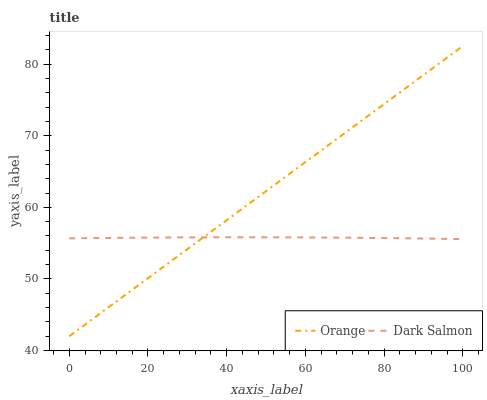
| xaxis_label | Orange | Dark Salmon |
 | --- | --- | --- |
 | 0 | 42 | 55.7 |
 | 10 | 46.1 | 55.7 |
 | 20 | 50.1 | 55.8 |
 | 30 | 54.2 | 55.8 |
 | 40 | 58.2 | 55.8 |
 | 50 | 62.3 | 55.8 |
 | 60 | 66.3 | 55.8 |
 | 70 | 70.4 | 55.8 |
 | 80 | 74.4 | 55.7 |
 | 90 | 78.5 | 55.6 |
 | 100 | 82.5 | 55.6 |